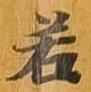
若